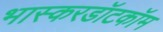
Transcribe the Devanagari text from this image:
भास्करडॉटकॉम